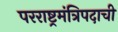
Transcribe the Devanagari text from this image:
परराष्ट्रमंत्रिपदाची